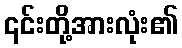
၎င်းတို့အားလုံး၏